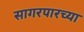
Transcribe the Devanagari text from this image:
सागरपारच्या